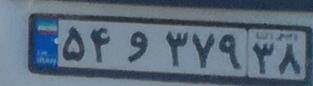
۵۴و۳۷۹۳۸